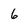
Character: b